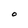
Character: O